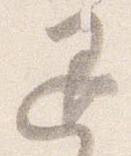
退